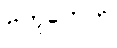
ဗဟုကေဟိ